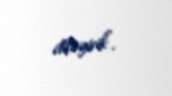
diləyirik”.